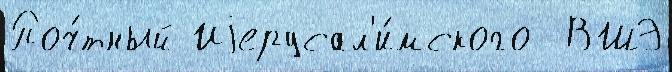
Поч́тный Иjерусал'и́мского  ВШЭ